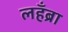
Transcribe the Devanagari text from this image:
लहँब्रा